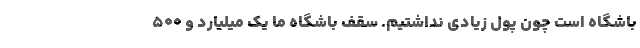
باشگاه است چون پول زیادی نداشتیم. سقف باشگاه ما یک میلیارد و ۵٠٠